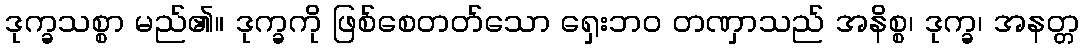
ဒုက္ခသစ္စာ မည်၏။ ဒုက္ခကို ဖြစ်စေတတ်သော ရှေးဘဝ တဏှာသည် အနိစ္စ၊ ဒုက္ခ၊ အနတ္တ